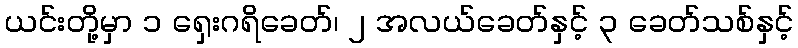
ယင်းတို့မှာ ၁ ရှေးဂရိခေတ်၊ ၂ အလယ်ခေတ်နှင့် ၃ ခေတ်သစ်နှင့်